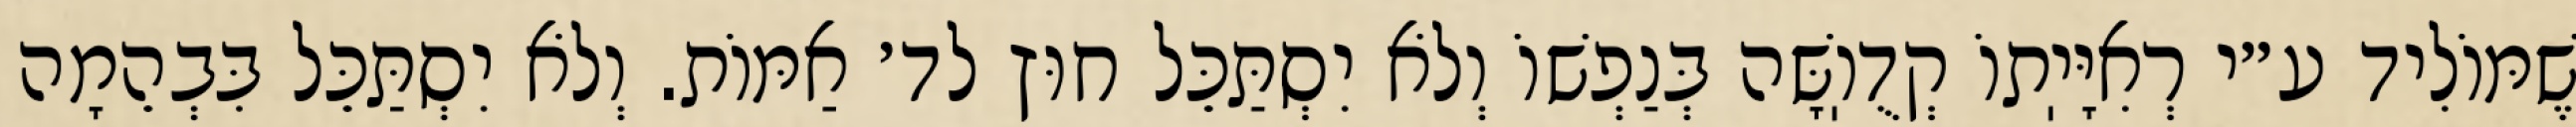
שֶׁמּוֹלִיד ע״י רְאִיָּיֽתוֹ קְדֻוֽשָּׁה בְּנַפְשׁוֹ וְלֹא יִסְתַּכֵּל חוּץ לד׳ אַמּוֹת. וְלֹא יִסְתַּכֵּל בִּבְהֵמָה